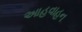
આહવાહન